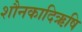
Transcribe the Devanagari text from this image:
शौनकादिऋषि